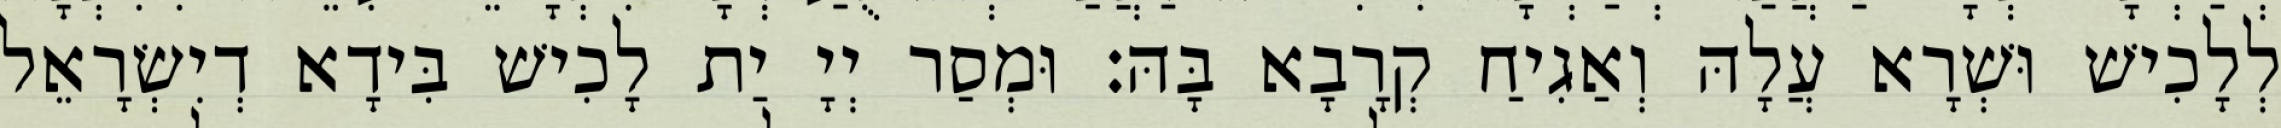
לְלָכִישׁ וּשְׁרָא עֲלָהּ וְאַגִיחַ קְרָבָא בָּהּ׃ וּמְסַר יְיָ יַת לָכִישׁ בִּידָא דְיִשְׂרָאֵל